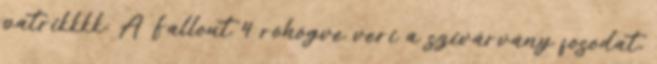
patrikkkk: A Fallout 4 röhögve veri a szivárvány fosodat,